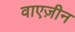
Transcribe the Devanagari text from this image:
वाएज़ीन